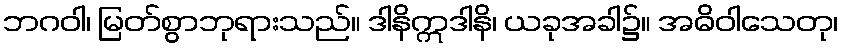
ဘဂဝါ၊ မြတ်စွာဘုရားသည်။ ဒါနိဣဒါနိ၊ ယခုအခါ၌။ အဓိဝါသေတု၊